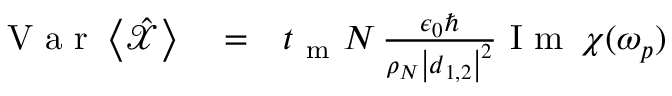
\begin{array} { r l r } { \mathrm { ~ V ~ a ~ r ~ } \left< \hat { \mathcal X } \right> } & { { } = } & { t _ { \mathrm { ~ m ~ } } N \, \frac { \epsilon _ { 0 } \hbar } { \rho _ { N } \left| \boldsymbol d _ { 1 , 2 } \right| ^ { 2 } } \mathrm { ~ I ~ m ~ } \, \chi ( \omega _ { p } ) } \end{array}